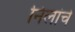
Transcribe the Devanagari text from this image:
निलांचे